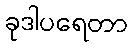
ခုဒါပရေတာ